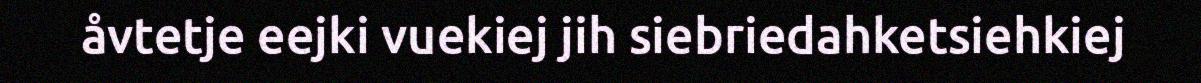
åvtetje eejki vuekiej jih siebriedahketsiehkiej